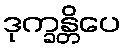
ဒုက္ခန္တိပေ